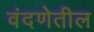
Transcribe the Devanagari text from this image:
वंदणेतील